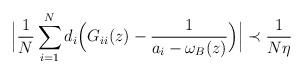
LaTeX: \begin{align*}\Big| \frac{1}{N} \sum_{i=1}^N d_i\Big(G_{ii}(z)-\frac{1}{a_i-\omega_B(z)}\Big)\Big|\prec \frac{1}{N\eta} \end{align*}